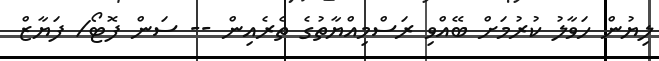
ލިޔުން ހަވާލު ކުރުމަށް ބޭއްވި ރަސްމިއްޔާތުގެ ތެރެއިން -- ސަން ފޮޓޯ/ ފަޔާޒް